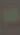
-